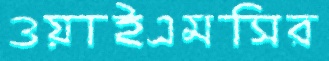
ওয়াইএমসির